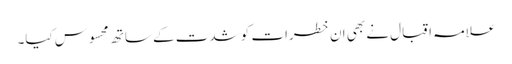
علامہ اقبال نے بھی ان خطرات کو شدت کے ساتھ محسوس کیا۔